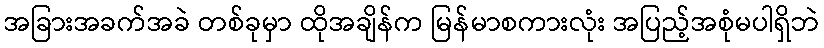
အခြားအခက်အခဲ တစ်ခုမှာ ထိုအချိန်က မြန်မာစကားလုံး အပြည့်အစုံမပါရှိဘဲ